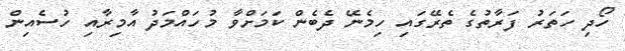
ހޯދި ހަތަރު ފަރާތުގެ ތެރޭގައި ހިމެނޭ ދެބެން ކަމަށްވާ މުހައްމަދު އާމިރާއި ހުސެއިން